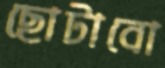
ছোটাবো